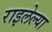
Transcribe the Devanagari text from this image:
राइलेल्या